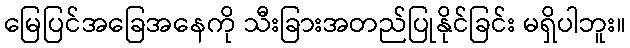
မြေပြင်အခြေအနေကို သီးခြားအတည်ပြုနိုင်ခြင်း မရှိပါဘူး။